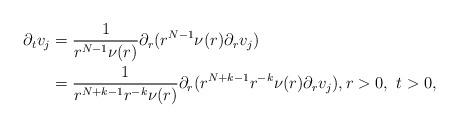
LaTeX: \begin{align*}\partial_t v_j & =\frac{1}{r^{N-1}\nu(r)}\partial_r(r^{N-1}\nu(r)\partial_r v_j)\\ & =\frac{1}{r^{N+k-1}r^{-k}\nu(r)}\partial_r(r^{N+k-1}r^{-k}\nu(r)\partial_r v_j), r>0,\,\,t>0,\end{align*}